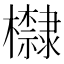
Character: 𪴛